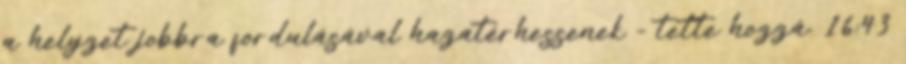
a helyzet jobbra fordulásával hazatérhessenek - tette hozzá. 16:43